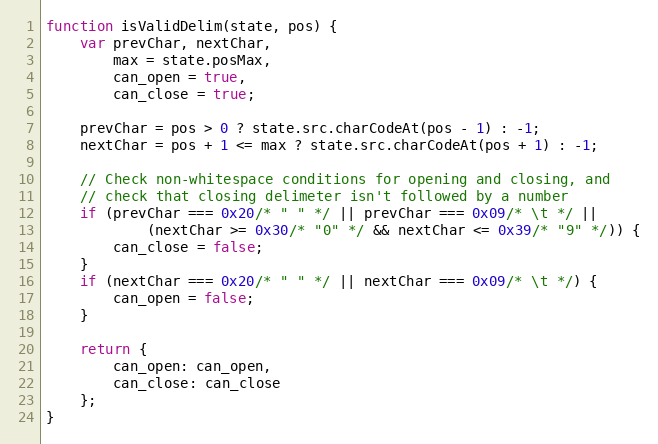
Language: JavaScript
function isValidDelim(state, pos) {
	var prevChar, nextChar,
		max = state.posMax,
		can_open = true,
		can_close = true;

	prevChar = pos > 0 ? state.src.charCodeAt(pos - 1) : -1;
	nextChar = pos + 1 <= max ? state.src.charCodeAt(pos + 1) : -1;

	// Check non-whitespace conditions for opening and closing, and
	// check that closing delimeter isn't followed by a number
	if (prevChar === 0x20/* " " */ || prevChar === 0x09/* \t */ ||
			(nextChar >= 0x30/* "0" */ && nextChar <= 0x39/* "9" */)) {
		can_close = false;
	}
	if (nextChar === 0x20/* " " */ || nextChar === 0x09/* \t */) {
		can_open = false;
	}

	return {
		can_open: can_open,
		can_close: can_close
	};
}